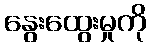
နွေးထွေးမှုကို